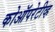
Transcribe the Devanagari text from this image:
कोऑपरेटीव्ह